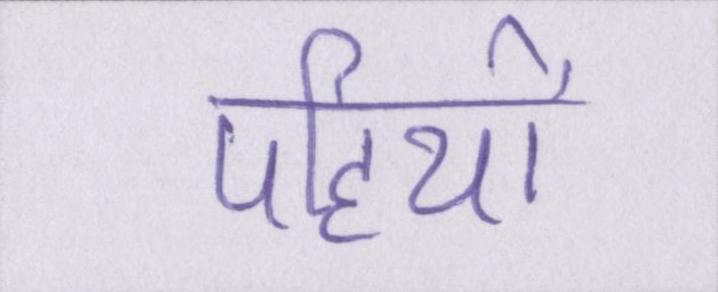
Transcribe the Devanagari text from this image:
पहियों